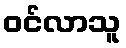
ဝင်လာသူ